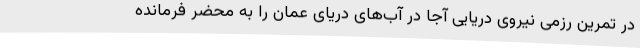
در تمرین رزمی نیروی دریایی آجا در آب‌های دریای عمان را به محضر فرمانده